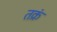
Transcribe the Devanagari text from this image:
तक्रं